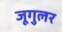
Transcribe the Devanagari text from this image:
जूगुलर